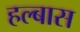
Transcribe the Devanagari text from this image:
हल्बास